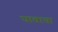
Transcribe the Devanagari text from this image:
घावाचा